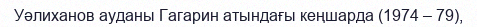
Уәлиханов ауданы Гагарин атындағы кеңшарда (1974 – 79),